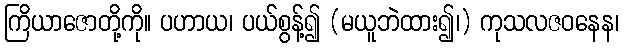
ကြိယာဇောတို့ကို။ ပဟာယ၊ ပယ်စွန့်၍ (မယူဘဲထား၍၊) ကုသလဇဝနေန၊